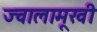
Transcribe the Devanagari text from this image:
ज्वालामूखी